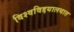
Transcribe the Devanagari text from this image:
विश्वविद्दयालयात